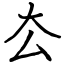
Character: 厺